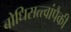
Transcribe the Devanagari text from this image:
बोधिसत्त्वांपैकी